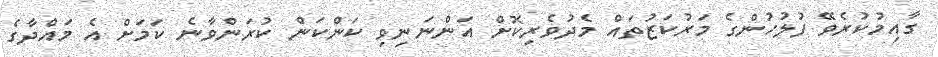
ގާއިމުކުރެވޭ ފުލުހުންގެ މަރުކަޒުތައް މެދުވެރިކޮށް އަންނަނިވި ކަންކަން ކުރަންވާނެ ކަމަށް އެ މައްދާގެ